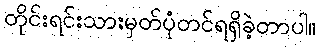
တိုင်းရင်းသားမှတ်ပုံတင်ရရှိခဲ့တာပါ။